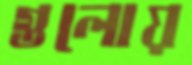
গুলোয়